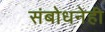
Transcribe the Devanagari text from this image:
संबोधनेही